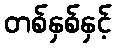
တစ်နှစ်နှင့်